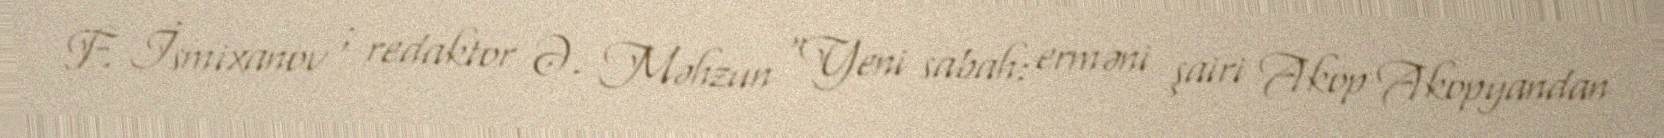
F. İsmixanov ; redaktor Ə. Məhzun "Yeni sabah: erməni şairi Akop Akopyandan